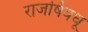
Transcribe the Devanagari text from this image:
राजर्षिवधू